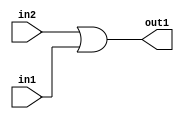
`timescale 1ps / 1ps
/*****************************************************************************
    Verilog RTL Description
    
    
    Created by: Stratus DpOpt 2019.1.01 
*******************************************************************************/

module st_weight_addr_gen_Or_1Ux1U_1U_4 (
	in2,
	in1,
	out1
	); /* architecture "behavioural" */ 
input  in2,
	in1;
output  out1;
wire  asc001;

assign asc001 = 
	(in2)
	|(in1);

assign out1 = asc001;
endmodule

/* CADENCE  urfwQgA= : u9/ySgnWtBlWxVPRXgAZ4Og= ** DO NOT EDIT THIS LINE ******/